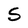
Character: S